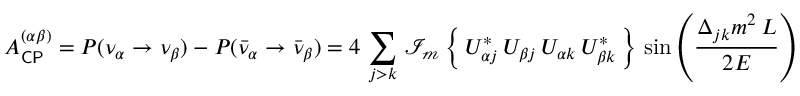
A _ { \mathsf { C P } } ^ { ( \alpha \beta ) } = P ( \nu _ { \alpha } \rightarrow \nu _ { \beta } ) - P ( { \bar { \nu } } _ { \alpha } \rightarrow { \bar { \nu } } _ { \beta } ) = 4 \, \sum _ { j > k } \, \operatorname { \mathcal { I _ { m } } } \left\{ \, U _ { \alpha j } ^ { * } \, U _ { \beta j } \, U _ { \alpha k } \, U _ { \beta k } ^ { * } \, \right\} \, \sin \left( { \frac { \Delta _ { j k } m ^ { 2 } \, L } { 2 E } } \right)